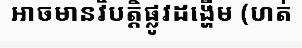
អាចមានវិបត្តិផ្លូវដង្ហើម (ហត់